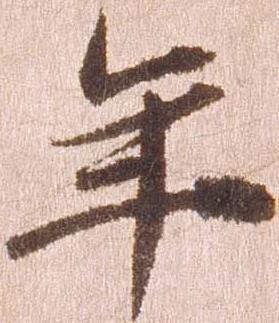
年